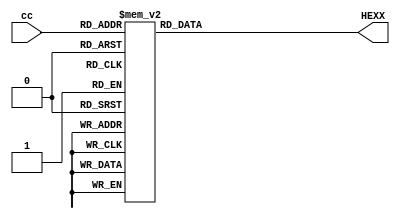
module binary_to_hex_decoder (cc,HEXX);
	input [3:0] cc;
	output [6:0] HEXX;
	
	//integer HEX;
	wire [3:0] c;
	assign c = cc;
	assign HEXX = HEX;
	reg [6:0]HEX;
	always @(c)
		case(c)
			4'b0000:
				begin
					HEX[0]=0;
					HEX[1]=0;
					HEX[2]=0;
					HEX[3]=0;
					HEX[4]=0;
					HEX[5]=0;
					HEX[6]=1;
				end
			4'b0001:
				begin
					HEX[0]=1;
					HEX[1]=0;
					HEX[2]=0;
					HEX[3]=1;
					HEX[4]=1;
					HEX[5]=1;
					HEX[6]=1;
				end
			4'b0010:
				begin
					HEX[0]=0;
					HEX[1]=0;
					HEX[2]=1;
					HEX[3]=0;
					HEX[4]=0;
					HEX[5]=1;
					HEX[6]=0;
				end

			4'b0011:
				begin
					HEX[0]=0;
					HEX[1]=0;
					HEX[2]=0;
					HEX[3]=0;
					HEX[4]=1;
					HEX[5]=1;
					HEX[6]=0;
				end

			4'b0100:
				begin
					HEX[0]=1;
					HEX[1]=0;
					HEX[2]=0;
					HEX[3]=1;
					HEX[4]=1;
					HEX[5]=0;
					HEX[6]=0;
				end

			4'b0101:
				begin
					HEX[0]=0;
					HEX[1]=1;
					HEX[2]=0;
					HEX[3]=0;
					HEX[4]=1;
					HEX[5]=0;
					HEX[6]=0;
				end

			4'b0110:
				begin
					HEX[0]=0;
					HEX[1]=1;
					HEX[2]=0;
					HEX[3]=0;
					HEX[4]=0;
					HEX[5]=0;
					HEX[6]=0;
				end

			4'b0111:
				begin
					HEX[0]=0;
					HEX[1]=0;
					HEX[2]=0;
					HEX[3]=1;
					HEX[4]=1;
					HEX[5]=1;
					HEX[6]=1;
				end

			4'b1000:
				begin
					HEX[0]=0;
					HEX[1]=0;
					HEX[2]=0;
					HEX[3]=0;
					HEX[4]=0;
					HEX[5]=0;
					HEX[6]=0;
				end

			4'b1001:
				begin
					HEX[0]=0;
					HEX[1]=0;
					HEX[2]=0;
					HEX[3]=0;
					HEX[4]=1;
					HEX[5]=0;
					HEX[6]=0;
				end

			4'b1010:
				begin
					HEX[0]=0;
					HEX[1]=0;
					HEX[2]=0;
					HEX[3]=1;
					HEX[4]=0;
					HEX[5]=0;
					HEX[6]=0;
				end

			4'b1011:
				begin
					HEX[0]=1;
					HEX[1]=1;
					HEX[2]=0;
					HEX[3]=0;
					HEX[4]=0;
					HEX[5]=0;
					HEX[6]=0;
				end

			4'b1100:
				begin
					HEX[0]=0;
					HEX[1]=1;
					HEX[2]=1;
					HEX[3]=0;
					HEX[4]=0;
					HEX[5]=0;
					HEX[6]=1;
				end

			4'b1101:
				begin
					HEX[0]=1;
					HEX[1]=0;
					HEX[2]=0;
					HEX[3]=0;
					HEX[4]=0;
					HEX[5]=1;
					HEX[6]=0;
				end

			4'b1110:
				begin
					HEX[0]=0;
					HEX[1]=1;
					HEX[2]=1;
					HEX[3]=0;
					HEX[4]=0;
					HEX[5]=0;
					HEX[6]=0;
				end

			4'b1111:
				begin
					HEX[0]=0;
					HEX[1]=1;
					HEX[2]=1;
					HEX[3]=1;
					HEX[4]=0;
					HEX[5]=0;
					HEX[6]=0;
				end
		endcase
endmodule